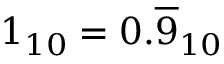
1 _ { 1 0 } = 0 . { \overline { { 9 } } } _ { 1 0 } \qquad